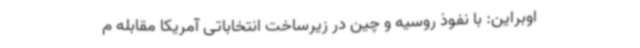
اوبراین: با نفوذ روسیه و چین در زیرساخت انتخاباتی آمریکا مقابله م